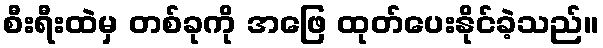
စီးရီးထဲမှ တစ်ခုကို အဖြေ ထုတ်ပေးနိုင်ခဲ့သည်။